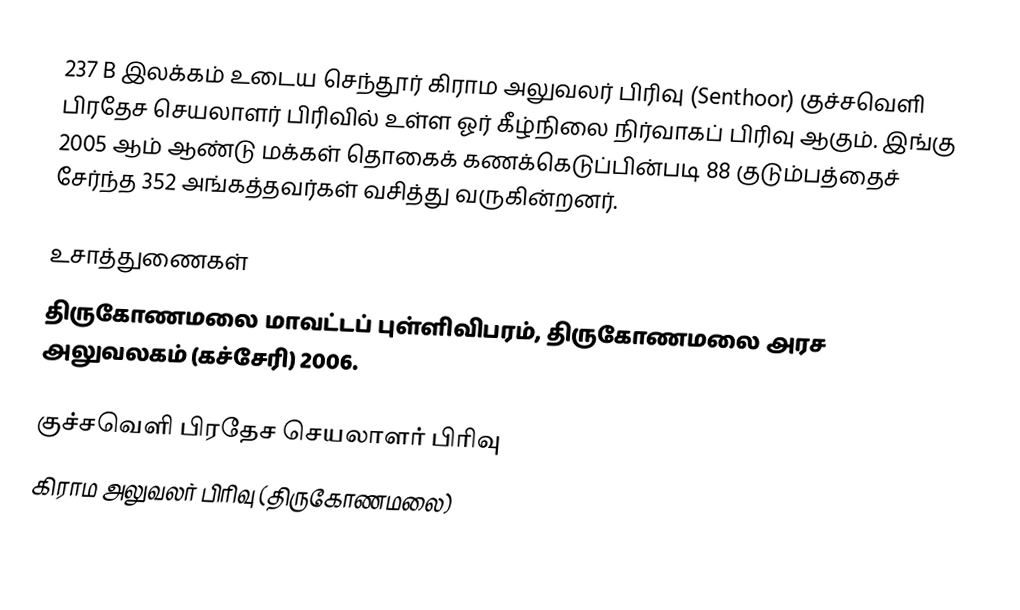
237 B இலக்கம்  உடைய செந்தூர் கிராம அலுவலர் பிரிவு (Senthoor) குச்சவெளி பிரதேச செயலாளர் பிரிவில் உள்ள ஓர் கீழ்நிலை நிர்வாகப் பிரிவு ஆகும். இங்கு 2005 ஆம் ஆண்டு மக்கள் தொகைக் கணக்கெடுப்பின்படி 88 குடும்பத்தைச் சேர்ந்த 352 அங்கத்தவர்கள் வசித்து வருகின்றனர்.

உசாத்துணைகள்
திருகோணமலை மாவட்டப் புள்ளிவிபரம்,  திருகோணமலை அரச அலுவலகம் (கச்சேரி) 2006.

குச்சவெளி பிரதேச செயலாளர் பிரிவு
கிராம அலுவலர் பிரிவு (திருகோணமலை)